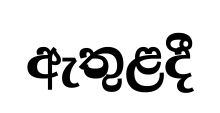
ඇතුළදී